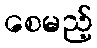
စေမည့်